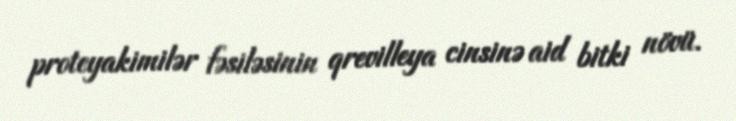
proteyakimilər fəsiləsinin qrevilleya cinsinə aid bitki növü.